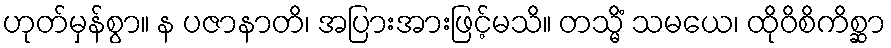
ဟုတ်မှန်စွာ။ န ပဇာနာတိ၊ အပြားအားဖြင့်မသိ။ တသ္မိံ သမယေ၊ ထိုဝိစိကိစ္ဆာ